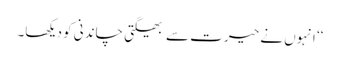
‘‘ انہوں نے حیرت سے بھیگتی چاندنی کو دیکھا۔